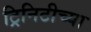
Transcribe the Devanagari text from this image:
ट्रिनिटीच्या